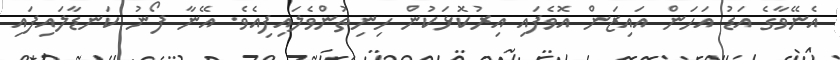
އެނޭވާގެ އަޑު އަހަން އައިޒަން އޮވެފައި އިރުކޮޅަކުން ހިނިތުންވެލައިފިއެވެ. އޭނާ ފޯނު ކަނޑާލައިފައި